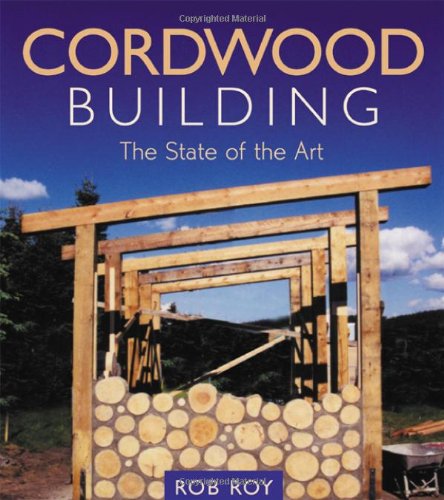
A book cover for Cordwood Building: The State of the Art (Natural Building Series); Arts & Photography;